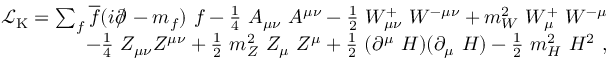
{ \begin{array} { r } { { \mathcal { L } } _ { \mathrm { K } } = \sum _ { f } { \overline { { f } } } ( i \partial \! \! \! / \! \; - m _ { f } ) \ f - { \frac { 1 } { 4 } } \ A _ { \mu \nu } \ A ^ { \mu \nu } - { \frac { 1 } { 2 } } \ W _ { \mu \nu } ^ { + } \ W ^ { - \mu \nu } + m _ { W } ^ { 2 } \ W _ { \mu } ^ { + } \ W ^ { - \mu } } \\ { \qquad - { \frac { 1 } { 4 } } \ Z _ { \mu \nu } Z ^ { \mu \nu } + { \frac { 1 } { 2 } } \ m _ { Z } ^ { 2 } \ Z _ { \mu } \ Z ^ { \mu } + { \frac { 1 } { 2 } } \ ( \partial ^ { \mu } \ H ) ( \partial _ { \mu } \ H ) - { \frac { 1 } { 2 } } \ m _ { H } ^ { 2 } \ H ^ { 2 } ~ , } \end{array} }